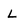
Character: L